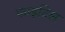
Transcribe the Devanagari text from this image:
फाइटिल